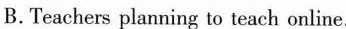
B. Teachers planning to teach online.